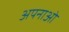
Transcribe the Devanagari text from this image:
अपनाओं